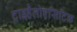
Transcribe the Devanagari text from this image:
ट्राइहैलोएसिटिक